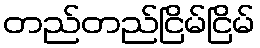
တည်တည်ငြိမ်ငြိမ်